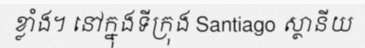
ខ្លាំង។ នៅក្នុងទីក្រុង Santiago ស្ថានីយ